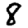
Digit: 8